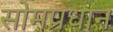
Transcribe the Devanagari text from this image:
सोमप्रधान